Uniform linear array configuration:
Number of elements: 4
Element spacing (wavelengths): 0.5
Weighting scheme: uniform
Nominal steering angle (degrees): -15
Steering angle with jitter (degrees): -16.66
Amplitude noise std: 0.05
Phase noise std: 0.05

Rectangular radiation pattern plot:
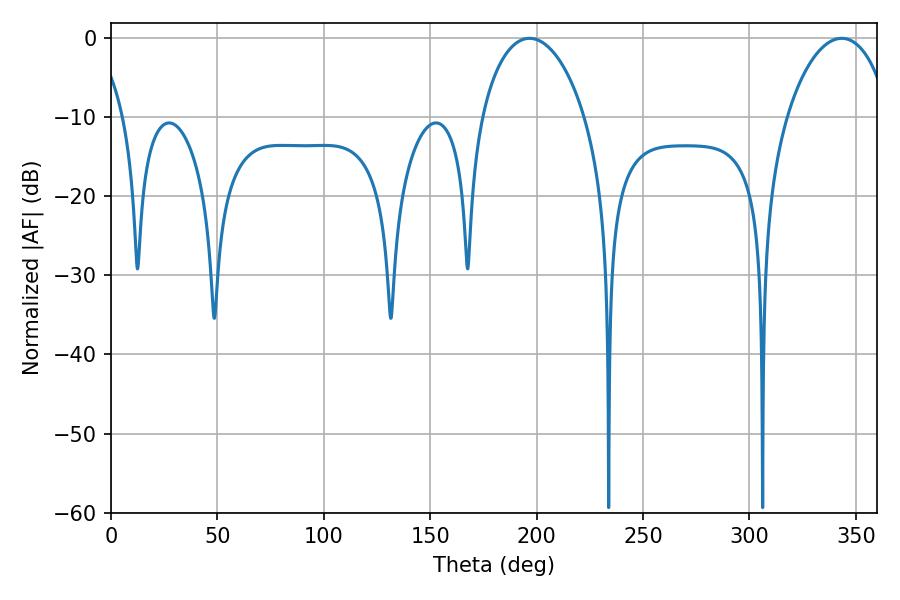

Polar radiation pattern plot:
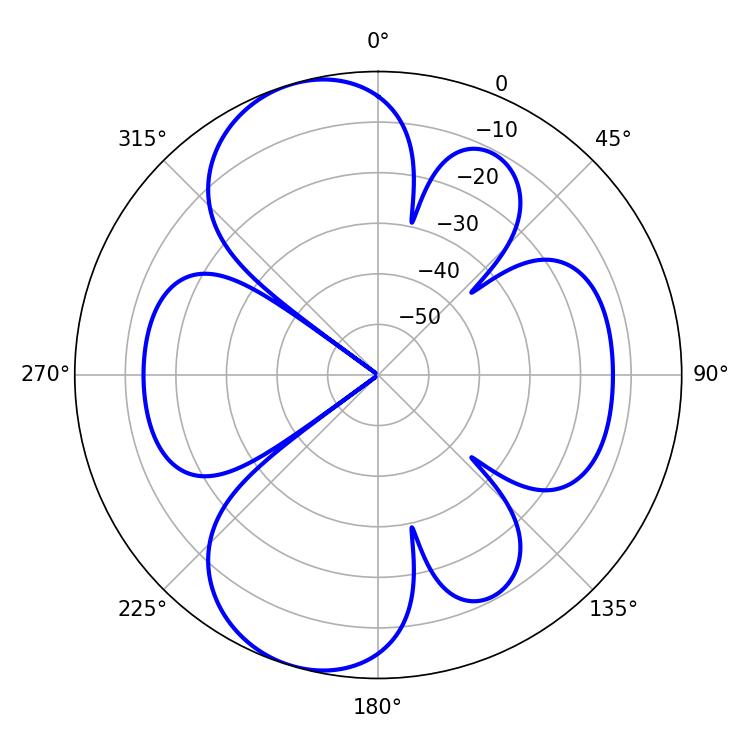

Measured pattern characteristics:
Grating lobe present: FALSE
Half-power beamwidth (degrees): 27.72
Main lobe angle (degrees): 196.74